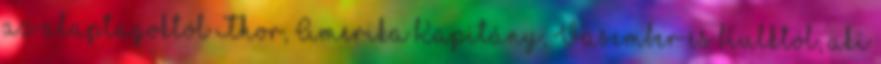
az alaptagoktól Thor, Amerika Kapitány, Vasember és Hulktól, aki